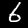
Label: 6